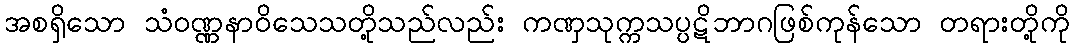
အစရှိသော သံဝဏ္ဏနာဝိသေသတို့သည်လည်း ကဏှသုက္ကသပ္ပဋိဘာဂဖြစ်ကုန်သော တရားတို့ကို